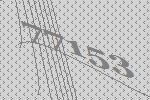
77153